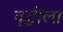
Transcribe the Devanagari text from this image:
वृद्धीला